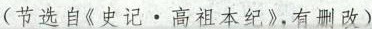
(节选自《史记。高祖本纪》，有删改)